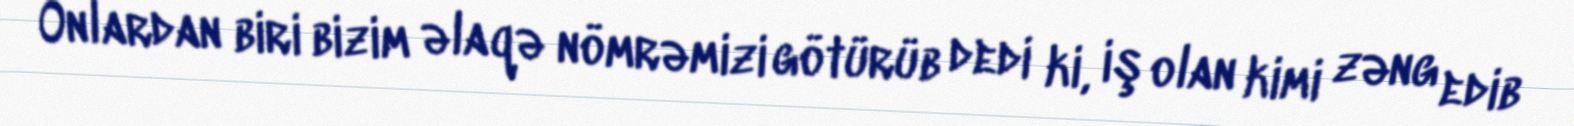
Onlardan biri bizim əlaqə nömrəmizi götürüb dedi ki, iş olan kimi zəng edib